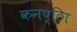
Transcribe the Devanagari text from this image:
कनष्ठाि